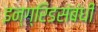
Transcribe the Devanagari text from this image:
इन्ग्रिडसंबंधी